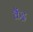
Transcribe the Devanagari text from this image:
कैंद्र